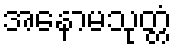
အနောမသုတ္တံ